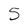
Character: 5